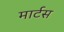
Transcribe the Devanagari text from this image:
मार्टस